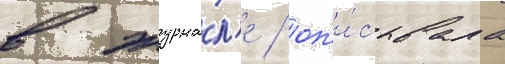
в журна́л'е / оп'и́сывала